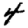
Digit: 4